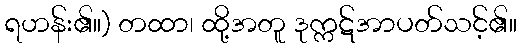
ရဟန်း၏။) တထာ၊ ထို့အတူ ဒုက္ကဋ်အာပတ်သင့်၏။